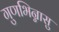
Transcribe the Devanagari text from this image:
गुणभिन्नासु